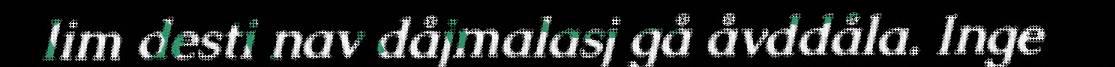
lim desti nav dåjmalasj gå åvddåla. Inge